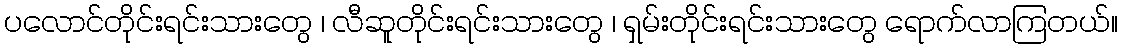
ပလောင်တိုင်းရင်းသားတွေ ၊ လီဆူတိုင်းရင်းသားတွေ ၊ ရှမ်းတိုင်းရင်းသားတွေ ရောက်လာကြတယ်။